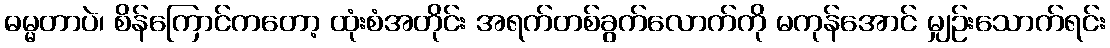
ဓမ္မတာပဲ၊ စိန်ကြောင်ကတော့ ထုံးစံအတိုင်း အရက်တစ်ခွက်လောက်ကို မကုန်အောင် မျှဉ်းသောက်ရင်း